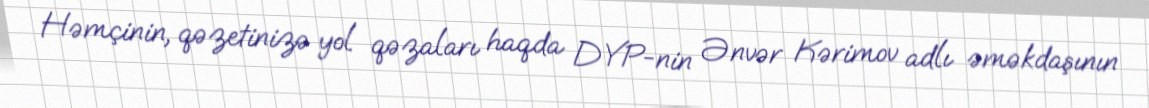
Həmçinin, qəzetinizə yol qəzaları haqda DYP-nin Ənvər Kərimov adlı əməkdaşının